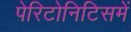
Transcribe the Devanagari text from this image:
पेरिटोनिटिसमें